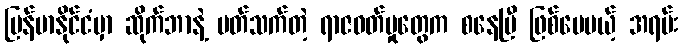
မြန်မာနိုင်ငံမှာ ဆိုက်ဘာနဲ့ ပတ်သက်တဲ့ ရာဇဝတ်မှုတွေက စနေပြီ ဖြစ်ပေမယ့် အရမ်း